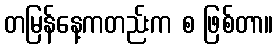
တမြန်နေ့ကတည်းက စ ဖြစ်တာ။